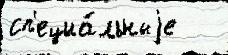
сп'ециа́льныjе